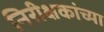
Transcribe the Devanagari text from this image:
निरीक्षकांच्या